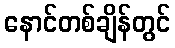
နောင်တစ်ချိန်တွင်